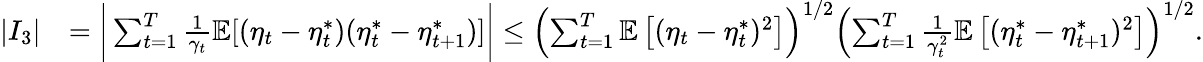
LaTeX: \begin{array}{rl}{|I_{3}|}&{=\bigg|\sum_{t=1}^{T}\frac{1}{\gamma_{t}}\mathbb{E}[(\eta_{t}-\eta_{t}^{*})(\eta_{t}^{*}-\eta_{t+1}^{*})]\bigg|\leq\left(\sum_{t=1}^{T}\mathbb{E}\left[(\eta_{t}-\eta_{t}^{*})^{2}\right]\right)^{1/2}\left(\sum_{t=1}^{T}\frac{1}{\gamma_{t}^{2}}\mathbb{E}\left[(\eta_{t}^{*}-\eta_{t+1}^{*})^{2}\right]\right)^{1/2}.}\end{array}